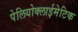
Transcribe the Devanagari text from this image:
पेलियोक्लाईमेटिक